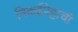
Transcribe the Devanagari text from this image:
त्रिकईपेट्टाची